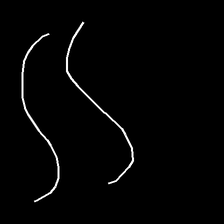
Glyph: float